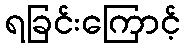
ရခြင်းကြောင့်